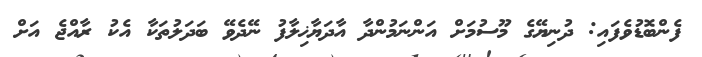
ފެންބޮޑުވެފައި: ދުނިޔޭގެ މޫސުމަށް އަންނަމުންދާ އާދަޔާޚިލާފު ނޭދެވޭ ބަދަލުތަކާ އެކު ރާއްޖެ އަށް